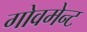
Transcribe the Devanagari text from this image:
गोवमेन्ट